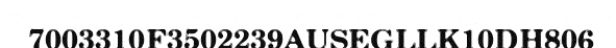
7003310F3502239AUSEGLLK10DH806